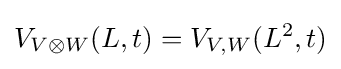
V_{V\otimes W}(L,t)=V_{V,W}(L^{2},t)